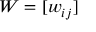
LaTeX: W = [ w _ { i j } ]